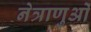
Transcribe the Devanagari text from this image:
नेत्राणुओं